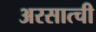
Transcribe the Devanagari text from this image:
अरसात्ची